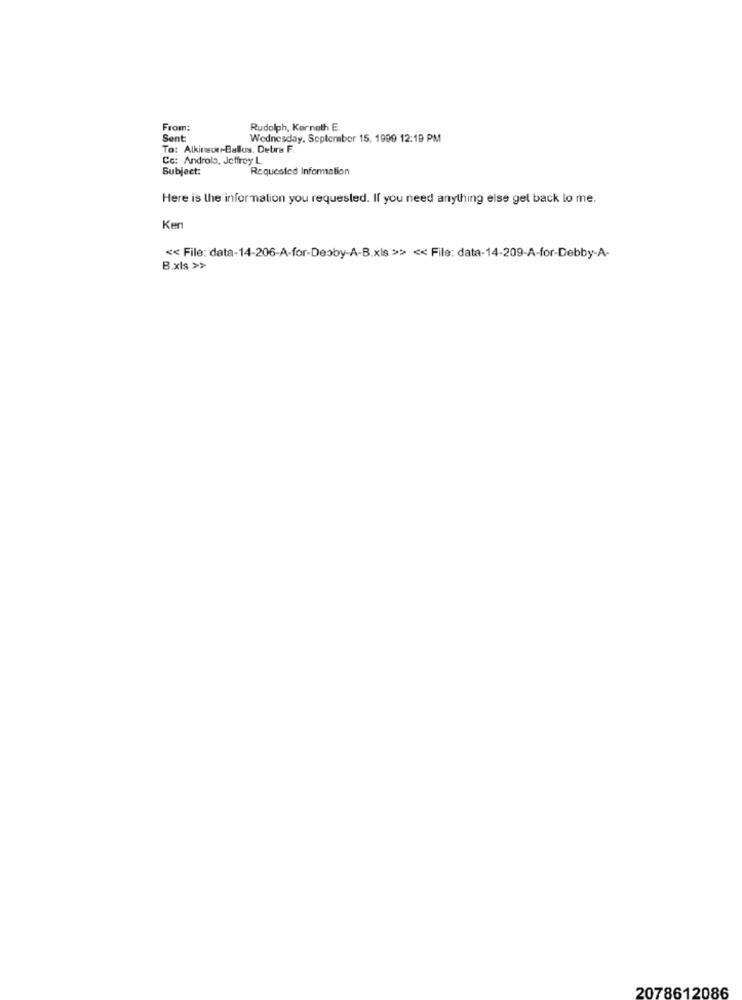
From:
Rudolph, Kerneth E
Sent
Wednesday, September 15, 1999 12:19 PM
To: Alkinson-Ballus. Debre F.
Co: Androla, Jeffrey L.
Subject:
Requested Information
Here is the information you requested. If you need anything else gel back lo me.
Ken
<< File: data-14-206-A-for-Deoby-A-B.xls >>> << File: data-14-209-A-for-Debby-A-
B.xls >>
2078612086